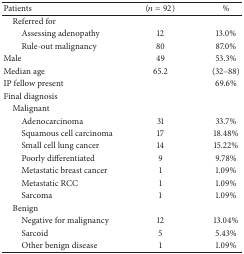
| Patients | (n = 92) | % |
 | --- | --- | --- |
 | Referred for |  |  |
 | Assessing adenopathy | 12 | 13.0% |
 | Rule-out malignancy | 80 | 87.0% |
 | Male | 49 | 53.3% |
 | Median age | 65.2 | (32–88) |
 | IP fellow present |  | 69.6% |
 | Final diagnosis |  |  |
 | Malignant |  |  |
 | Adenocarcinoma | 31 | 33.7% |
 | Squamous cell carcinoma | 17 | 18.48% |
 | Small cell lung cancer | 14 | 15.22% |
 | Poorly differentiated | 9 | 9.78% |
 | Metastatic breast cancer | 1 | 1.09% |
 | Metastatic RCC | 1 | 1.09% |
 | Sarcoma | 1 | 1.09% |
 | Benign |  |  |
 | Negative for malignancy | 12 | 13.04% |
 | Sarcoid | 5 | 5.43% |
 | Other benign disease | 1 | 1.09% |